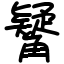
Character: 觺